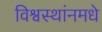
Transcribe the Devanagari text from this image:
विश्वस्थांनमधे